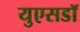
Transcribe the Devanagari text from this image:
युएसडॉ